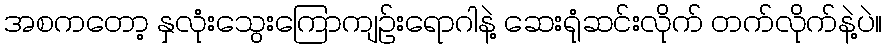
အစကတော့ နှလုံးသွေးကြောကျဉ်းရောဂါနဲ့ ဆေးရုံဆင်းလိုက် တက်လိုက်နဲ့ပဲ။